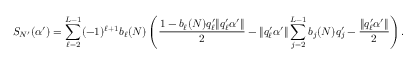
S _ { N ^ { \prime } } ( \alpha ^ { \prime } ) = \sum _ { \ell = 2 } ^ { L - 1 } ( - 1 ) ^ { \ell + 1 } b _ { \ell } ( N ) \left( \frac { 1 - b _ { \ell } ( N ) q _ { \ell } ^ { \prime } \| q _ { \ell } ^ { \prime } \alpha ^ { \prime } \| } { 2 } - \| q _ { \ell } ^ { \prime } \alpha ^ { \prime } \| \sum _ { j = 2 } ^ { L - 1 } b _ { j } ( N ) q _ { j } ^ { \prime } - \frac { \| q _ { \ell } ^ { \prime } \alpha ^ { \prime } \| } { 2 } \right) .